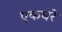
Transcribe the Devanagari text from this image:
एकघरे